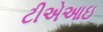
ટીએઆઇ